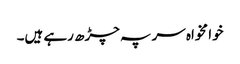
خوا مخواہ سر پہ چڑھ رہے ہیں۔